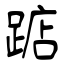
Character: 踮